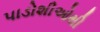
પાડોશીઓથી